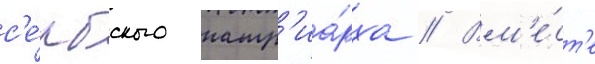
с'е́рбского патр'иа́рха // Вм'е́ст'е